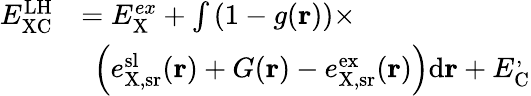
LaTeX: \begin{array}{rl}{E_{\mathrm{XC}}^{\mathrm{LH}}}&{=E_{\mathrm{X}}^{ex}+\int\left(1-g(\mathbf{r})\right)\times}\\ {\phantom{\sum}}&{\: \: \left(e_{\mathrm{X,sr}}^{\mathrm{sl}}(\mathbf{r})+G(\mathbf{r})-e_{\mathrm{X,sr}}^{\mathrm{ex}}(\mathbf{r})\right)\mathrm{d}\mathbf{r}+E_{\mathrm{C}}^,}\end{array}